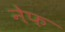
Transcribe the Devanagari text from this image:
नेफ